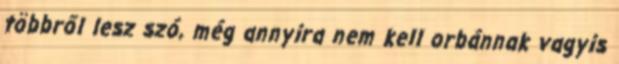
többről lesz szó, még annyira nem kell orbánnak vagyis